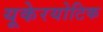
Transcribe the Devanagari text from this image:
यूकेरयोटिक